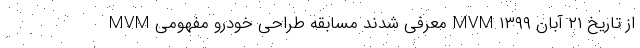
MVM معرفی شدند مسابقه طراحی خودرو مفهومی MVM از تاریخ ۲۱ آبان ۱۳۹۹